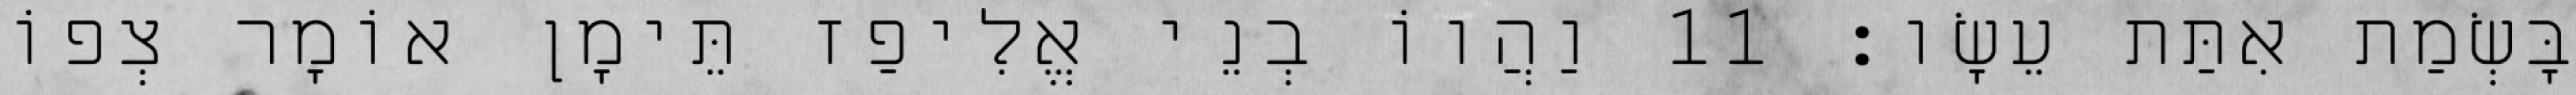
בָּשְׂמַת אִתַּת עֵשָׂו׃ 11 וַהֲווֹ בְנֵי אֱלִיפַז תֵּימָן אוֹמָר צְפוֹ